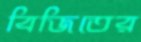
বিজিতের